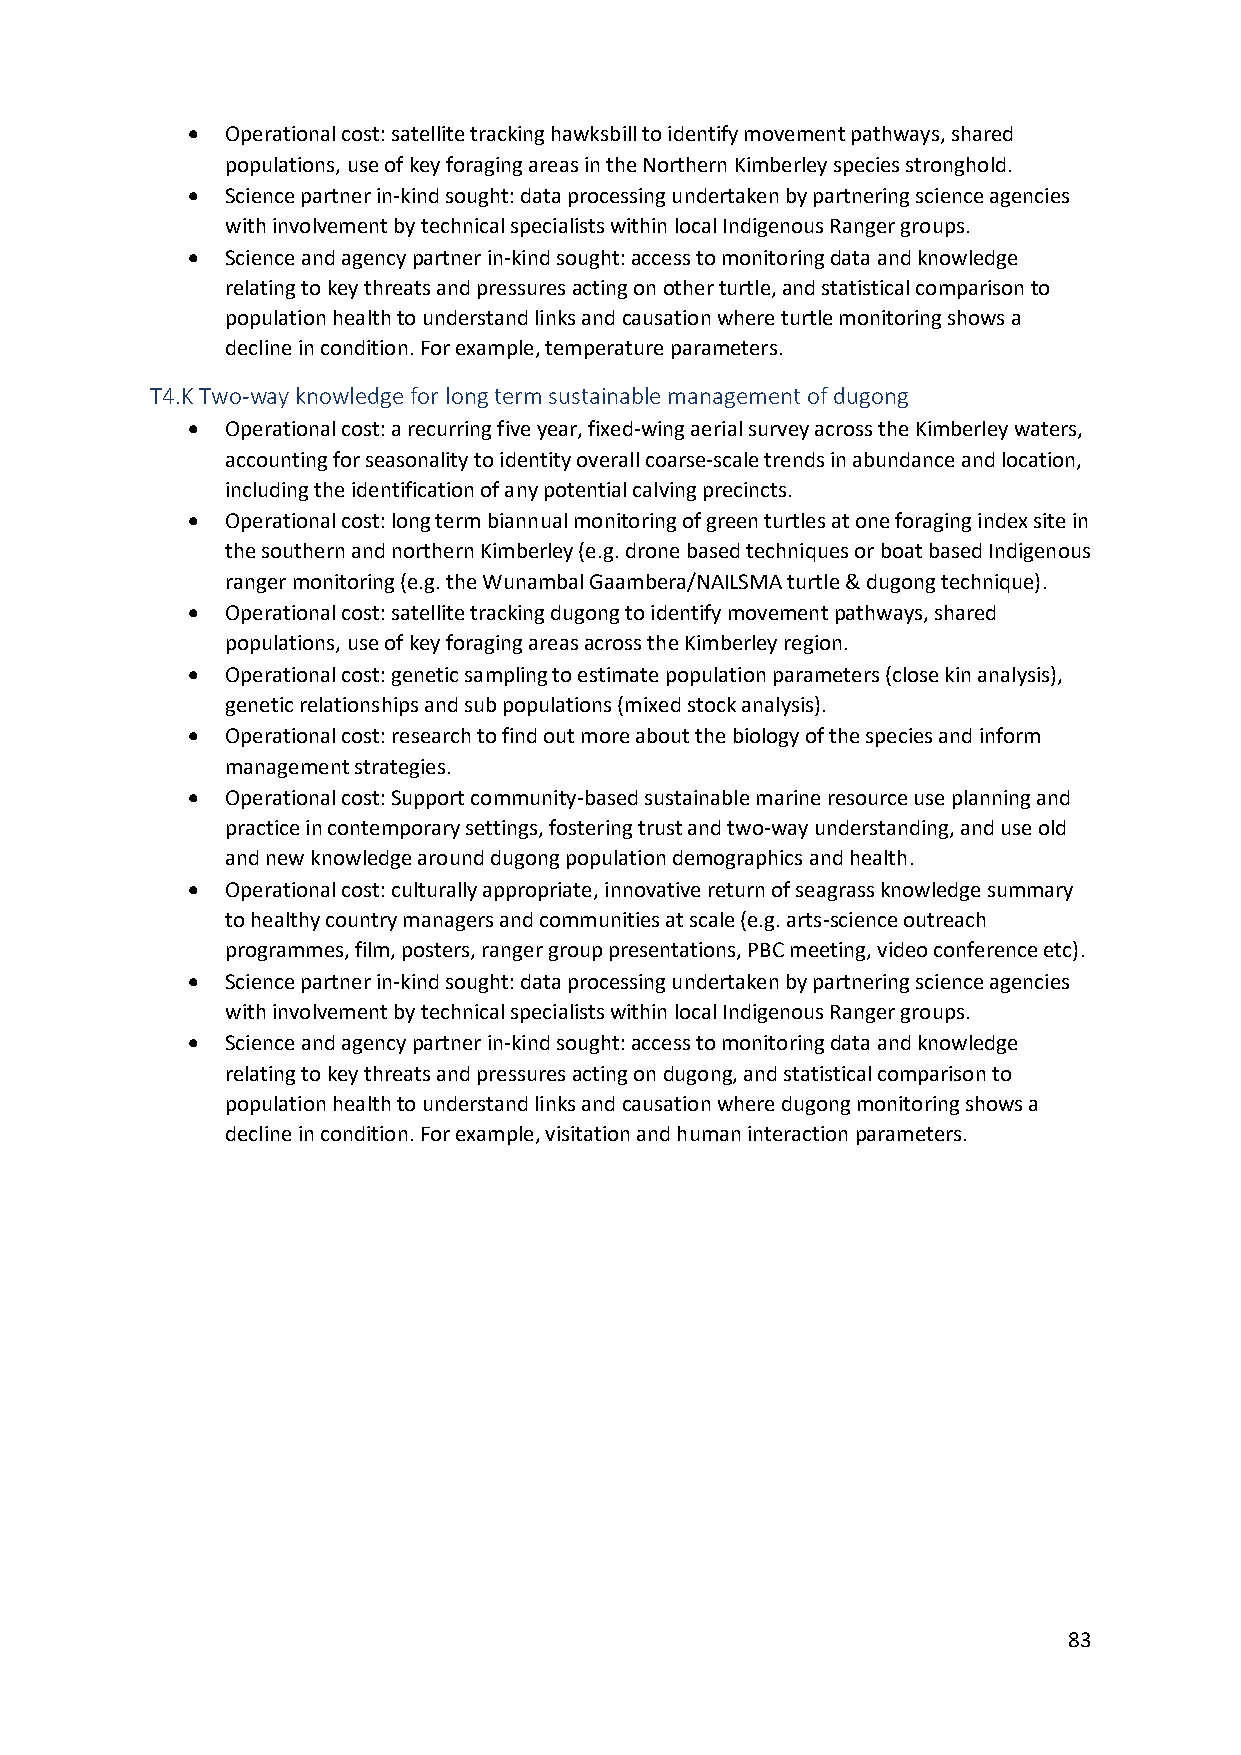
•  Operational cost: satellite tracking hawksbill to identify movement pathways, shared
 populations, use of key foraging areas in the Northern Kimberley species stronghold.
 •  Science partner in-kind sought: data processing undertaken by partnering science agencies
 with involvement by technical specialists within local Indigenous Ranger groups.
 •  Science and agency partner in-kind sought: access to monitoring data and knowledge
 relating to key threats and pressures acting on other turtle, and statistical comparison to
 population health to understand links and causation where turtle monitoring shows a
 decline in condition. For example, temperature parameters.
 T4.K Two-way knowledge for long term sustainable management of dugong
 •  Operational cost: a recurring five year, fixed-wing aerial survey across the Kimberley waters,
 accounting for seasonality to identity overall coarse-scale trends in abundance and location,
 including the identification of any potential calving precincts.
 •  Operational cost: long term biannual monitoring of green turtles at one foraging index site in
 the southern and northern Kimberley (e.g. drone based techniques or boat based Indigenous
 ranger monitoring (e.g. the Wunambal Gaambera/NAILSMA turtle & dugong technique).
 •  Operational cost: satellite tracking dugong to identify movement pathways, shared
 populations, use of key foraging areas across the Kimberley region.
 •  Operational cost: genetic sampling to estimate population parameters (close kin analysis),
 genetic relationships and sub populations (mixed stock analysis).
 •  Operational cost: research to find out more about the biology of the species and inform
 management strategies.
 •  Operational cost: Support community-based sustainable marine resource use planning and
 practice in contemporary settings, fostering trust and two-way understanding, and use old
 and new knowledge around dugong population demographics and health.
 •  Operational cost: culturally appropriate, innovative return of seagrass knowledge summary
 to healthy country managers and communities at scale (e.g. arts-science outreach
 programmes, film, posters, ranger group presentations, PBC meeting, video conference etc).
 •  Science partner in-kind sought: data processing undertaken by partnering science agencies
 with involvement by technical specialists within local Indigenous Ranger groups.
 •  Science and agency partner in-kind sought: access to monitoring data and knowledge
 relating to key threats and pressures acting on dugong, and statistical comparison to
 population health to understand links and causation where dugong monitoring shows a
 decline in condition. For example, visitation and human interaction parameters.
 83